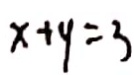
x + y = 3